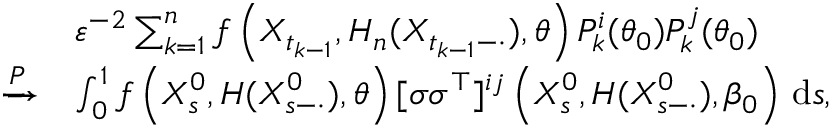
\begin{array} { r l } & { \varepsilon ^ { - 2 } \sum _ { k = 1 } ^ { n } f \left( X _ { t _ { k - 1 } } , H _ { n } ( X _ { t _ { k - 1 } - \cdot } ) , \theta \right) P _ { k } ^ { i } ( \theta _ { 0 } ) P _ { k } ^ { j } ( \theta _ { 0 } ) } \\ { \xrightarrow { P } } & { \int _ { 0 } ^ { 1 } f \left( X _ { s } ^ { 0 } , H ( X _ { s - \cdot } ^ { 0 } ) , \theta \right) [ \sigma \sigma ^ { \top } ] ^ { i j } \left( X _ { s } ^ { 0 } , H ( X _ { s - \cdot } ^ { 0 } ) , \beta _ { 0 } \right) \, \mathrm { d } s , } \end{array}